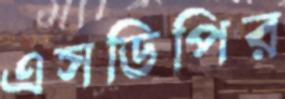
এসডিপির